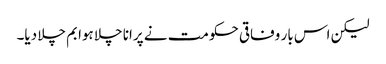
لیکن اس بار وفاقی حکومت نے پرانا چلا ہوا بم چلا دیا۔